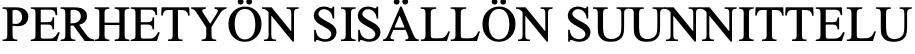
PERHETYÖN SISÄLLÖN SUUNNITTELU